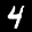
Label: 4